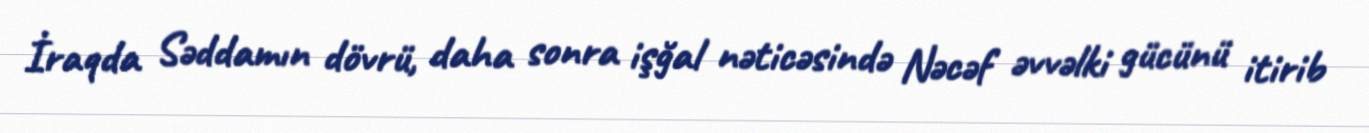
İraqda Səddamın dövrü, daha sonra işğal nəticəsində Nəcəf əvvəlki gücünü itirib